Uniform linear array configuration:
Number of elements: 64
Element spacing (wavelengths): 0.25
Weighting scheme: kaiser
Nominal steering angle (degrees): -15
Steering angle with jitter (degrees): -13.926
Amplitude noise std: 0.05
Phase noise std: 0.05

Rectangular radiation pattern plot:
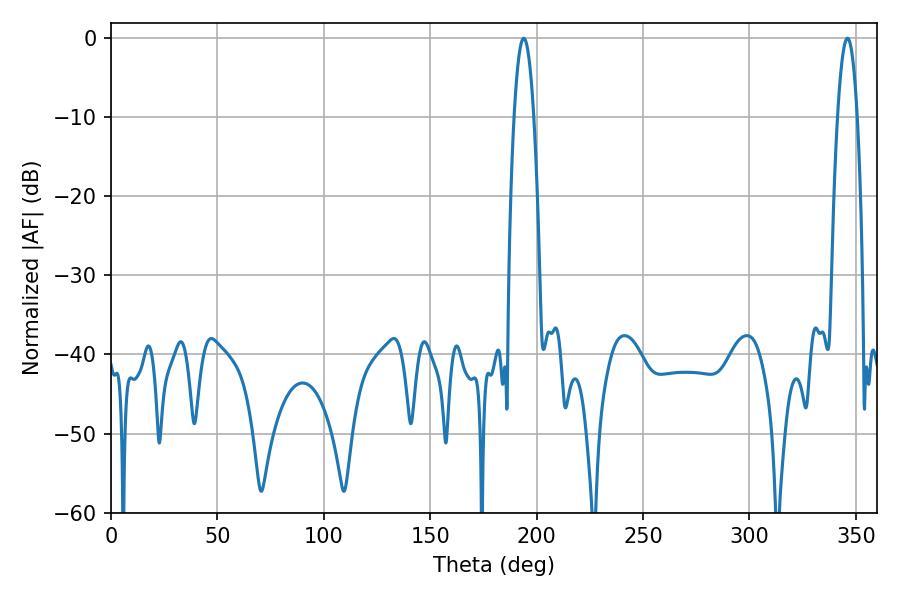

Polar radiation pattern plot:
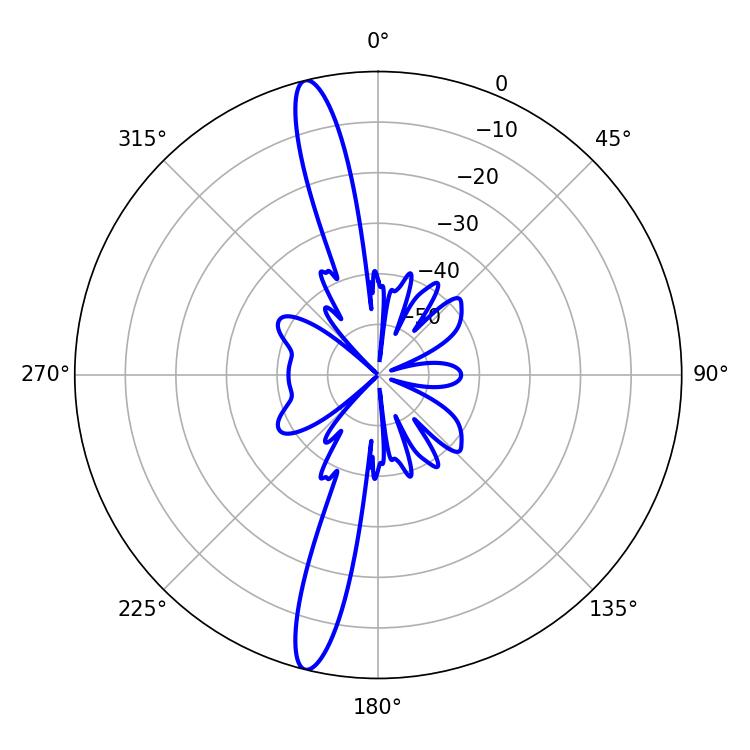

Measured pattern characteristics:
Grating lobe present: FALSE
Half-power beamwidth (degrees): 5.22
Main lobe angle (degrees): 346.14